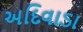
અદિવાડા